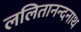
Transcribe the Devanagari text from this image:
ललितानन्दनाथ